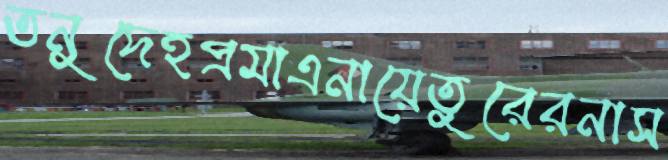
তনুদেহপ্রমাএনায়েতুরেরনাস